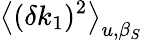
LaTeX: \big<(\delta k_{1})^{2}\big>_{u,\beta_{S}}